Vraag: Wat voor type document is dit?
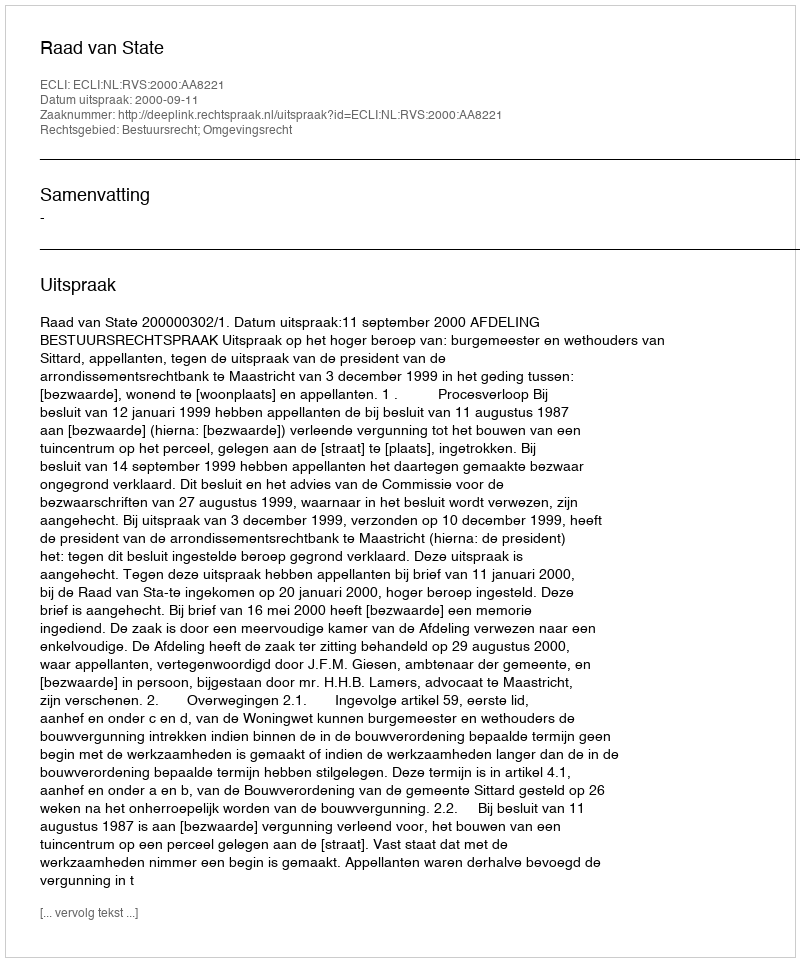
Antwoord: Uitspraak